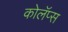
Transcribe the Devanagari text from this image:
कोलॅप्स